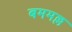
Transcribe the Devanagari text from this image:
बममल्ल